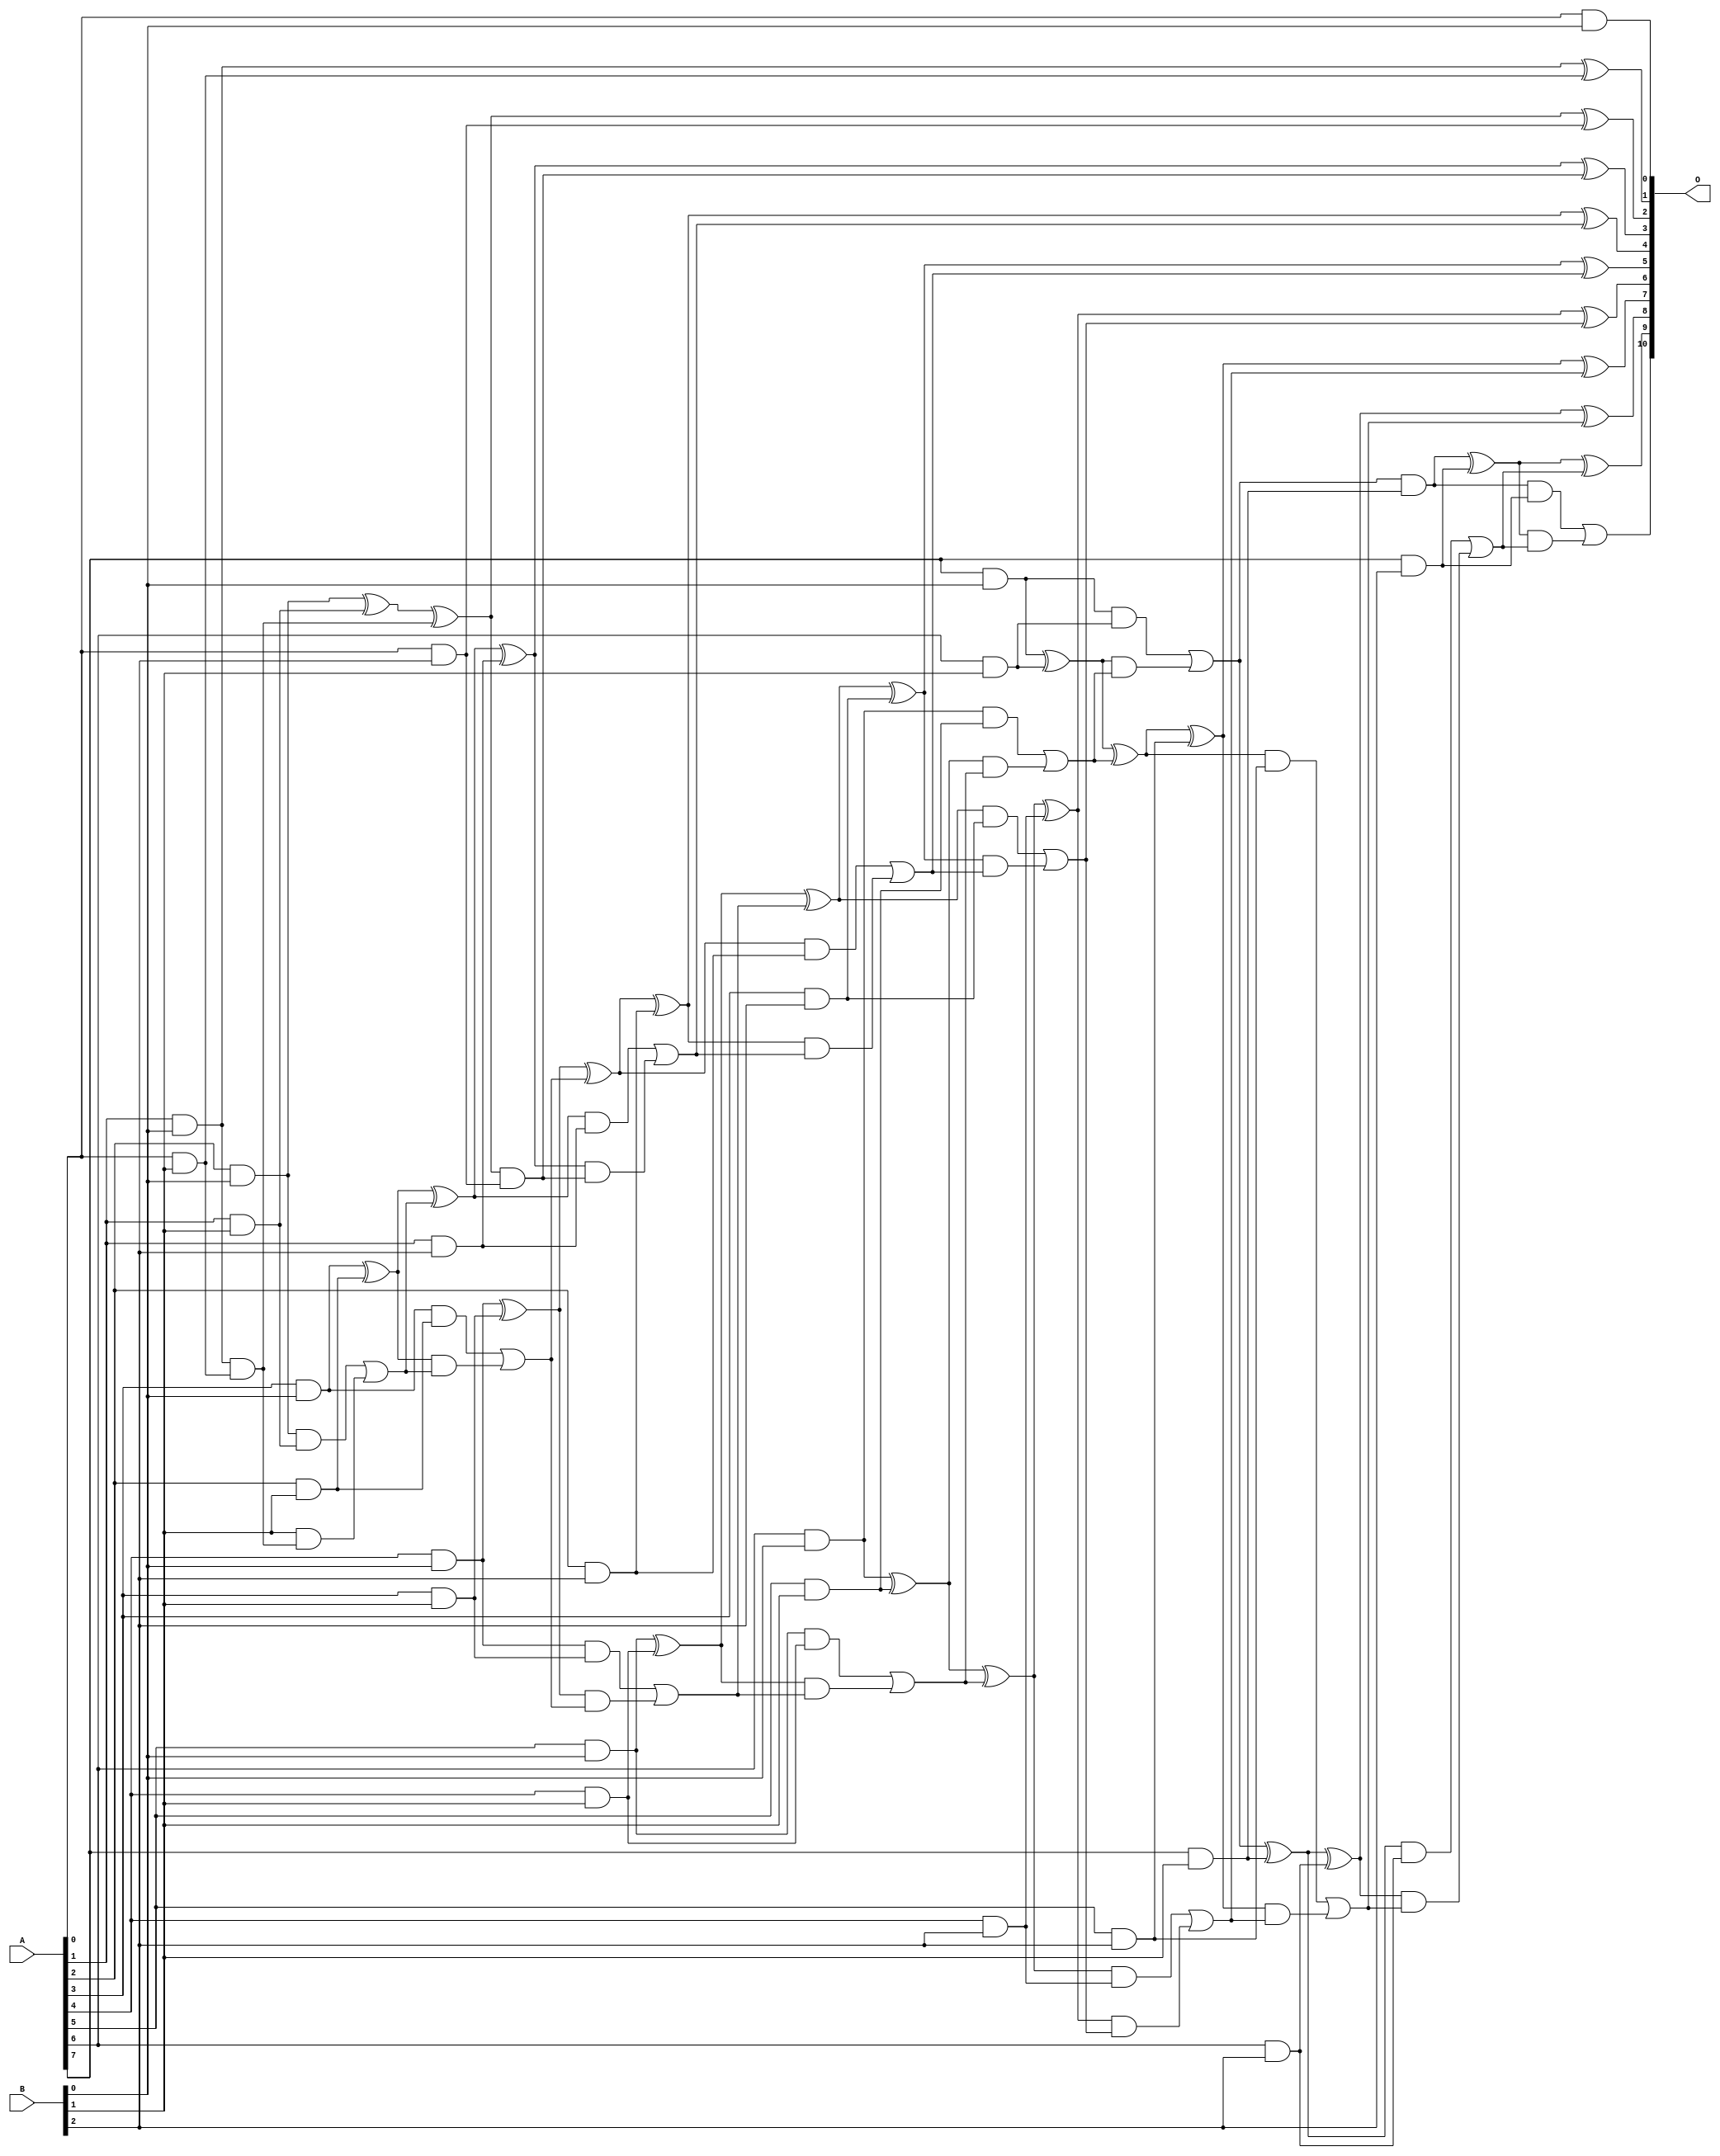
// This program was cloned from: https://github.com/ehw-fit/evoapproxlib
// License: MIT License

/***
* This code is a part of EvoApproxLib library (ehw.fit.vutbr.cz/approxlib) distributed under The MIT License.
* When used, please cite the following article(s): V. Mrazek, L. Sekanina, Z. Vasicek "Libraries of Approximate Circuits: Automated Design and Application in CNN Accelerators" IEEE Journal on Emerging and Selected Topics in Circuits and Systems, Vol 10, No 4, 2020 
* This file contains a circuit from a sub-set of pareto optimal circuits with respect to the pwr and mse parameters
***/
// MAE% = 0.00 %
// MAE = 0 
// WCE% = 0.00 %
// WCE = 0 
// WCRE% = 0.00 %
// EP% = 0.00 %
// MRE% = 0.00 %
// MSE = 0 
// PDK45_PWR = 0.082 mW
// PDK45_AREA = 247.3 um2
// PDK45_DELAY = 0.92 ns

module mul8x3u_0KE (
    A,
    B,
    O
);

input [7:0] A;
input [2:0] B;
output [10:0] O;

wire sig_11,sig_12,sig_13,sig_14,sig_15,sig_16,sig_17,sig_18,sig_19,sig_20,sig_21,sig_22,sig_23,sig_24,sig_25,sig_26,sig_27,sig_28,sig_29,sig_30;
wire sig_31,sig_32,sig_33,sig_34,sig_35,sig_36,sig_37,sig_38,sig_39,sig_40,sig_41,sig_42,sig_43,sig_44,sig_45,sig_46,sig_47,sig_48,sig_49,sig_50;
wire sig_51,sig_52,sig_53,sig_54,sig_55,sig_56,sig_57,sig_58,sig_59,sig_60,sig_61,sig_62,sig_63,sig_64,sig_65,sig_66,sig_67,sig_68,sig_69,sig_70;
wire sig_71,sig_72,sig_73,sig_74,sig_75,sig_76,sig_77,sig_78,sig_79,sig_80,sig_81,sig_82,sig_83,sig_84,sig_85,sig_86,sig_87,sig_88,sig_89,sig_90;
wire sig_91,sig_92,sig_93,sig_94,sig_95,sig_96,sig_97,sig_98,sig_99,sig_100,sig_101,sig_102,sig_103,sig_104,sig_105;

assign sig_11 = A[0] & B[0];
assign sig_12 = A[1] & B[0];
assign sig_13 = A[2] & B[0];
assign sig_14 = A[3] & B[0];
assign sig_15 = A[4] & B[0];
assign sig_16 = A[5] & B[0];
assign sig_17 = A[6] & B[0];
assign sig_18 = A[7] & B[0];
assign sig_19 = A[0] & B[1];
assign sig_20 = A[1] & B[1];
assign sig_21 = A[2] & B[1];
assign sig_22 = A[3] & B[1];
assign sig_23 = A[4] & B[1];
assign sig_24 = A[5] & B[1];
assign sig_25 = A[6] & B[1];
assign sig_26 = A[7] & B[1];
assign sig_27 = sig_12 & sig_19;
assign sig_28 = sig_12 ^ sig_19;
assign sig_29 = sig_13 ^ sig_20;
assign sig_30 = sig_13 & sig_20;
assign sig_31 = B[1] & sig_27;
assign sig_32 = sig_29 ^ sig_27;
assign sig_33 = sig_30 | sig_31;
assign sig_34 = sig_14 ^ sig_21;
assign sig_35 = sig_14 & sig_21;
assign sig_36 = sig_34 & sig_33;
assign sig_37 = sig_34 ^ sig_33;
assign sig_38 = sig_35 | sig_36;
assign sig_39 = sig_15 ^ sig_22;
assign sig_40 = sig_15 & sig_22;
assign sig_41 = sig_39 & sig_38;
assign sig_42 = sig_39 ^ sig_38;
assign sig_43 = sig_40 | sig_41;
assign sig_44 = sig_16 ^ sig_23;
assign sig_45 = sig_16 & sig_23;
assign sig_46 = sig_44 & sig_43;
assign sig_47 = sig_44 ^ sig_43;
assign sig_48 = sig_45 | sig_46;
assign sig_49 = sig_17 ^ sig_24;
assign sig_50 = sig_17 & sig_24;
assign sig_51 = sig_49 & sig_48;
assign sig_52 = sig_49 ^ sig_48;
assign sig_53 = sig_50 | sig_51;
assign sig_54 = sig_18 ^ sig_25;
assign sig_55 = sig_18 & sig_25;
assign sig_56 = sig_54 & sig_53;
assign sig_57 = sig_54 ^ sig_53;
assign sig_58 = sig_55 | sig_56;
assign sig_59 = sig_58 & sig_26;
assign sig_60 = sig_58 ^ sig_26;
assign sig_61 = A[0] & B[2];
assign sig_62 = A[1] & B[2];
assign sig_63 = A[2] & B[2];
assign sig_64 = A[3] & B[2];
assign sig_65 = A[4] & B[2];
assign sig_66 = A[5] & B[2];
assign sig_67 = A[6] & B[2];
assign sig_68 = A[7] & B[2];
assign sig_69 = sig_32 & sig_61;
assign sig_70 = sig_32 ^ sig_61;
assign sig_71 = sig_37 ^ sig_62;
assign sig_72 = sig_37 & sig_62;
assign sig_73 = sig_71 & sig_69;
assign sig_74 = sig_71 ^ sig_69;
assign sig_75 = sig_72 | sig_73;
assign sig_76 = sig_42 ^ sig_63;
assign sig_77 = sig_42 & sig_63;
assign sig_78 = sig_76 & sig_75;
assign sig_79 = sig_76 ^ sig_75;
assign sig_80 = sig_77 | sig_78;
assign sig_81 = sig_47 ^ sig_64;
assign sig_82 = sig_47 & sig_64;
assign sig_83 = sig_81 & sig_80;
assign sig_84 = sig_81 ^ sig_80;
assign sig_85 = sig_82 | sig_83;
assign sig_86 = sig_52 ^ sig_65;
assign sig_87 = sig_52 & sig_65;
assign sig_88 = sig_86 & sig_85;
assign sig_89 = sig_86 ^ sig_85;
assign sig_90 = sig_87 | sig_88;
assign sig_91 = sig_57 ^ sig_66;
assign sig_92 = sig_57 & sig_66;
assign sig_93 = sig_91 & sig_90;
assign sig_94 = sig_91 ^ sig_90;
assign sig_95 = sig_92 | sig_93;
assign sig_96 = sig_60 ^ sig_67;
assign sig_97 = sig_60 & sig_67;
assign sig_98 = sig_96 & sig_95;
assign sig_99 = sig_96 ^ sig_95;
assign sig_100 = sig_97 | sig_98;
assign sig_101 = sig_59 ^ sig_68;
assign sig_102 = sig_59 & sig_68;
assign sig_103 = sig_101 & sig_100;
assign sig_104 = sig_101 ^ sig_100;
assign sig_105 = sig_102 | sig_103;

assign O[10] = sig_105;
assign O[9] = sig_104;
assign O[8] = sig_99;
assign O[7] = sig_94;
assign O[6] = sig_89;
assign O[5] = sig_84;
assign O[4] = sig_79;
assign O[3] = sig_74;
assign O[2] = sig_70;
assign O[1] = sig_28;
assign O[0] = sig_11;

endmodule